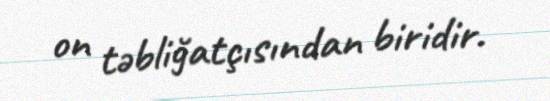
on təbliğatçısından biridir.